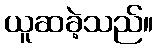
ယူဆခဲ့သည်။